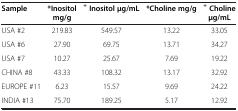
<table><thead><tr><td><b>Sample</b></td><td><b>*Inositol mg/g</b></td><td><b><sup>+</sup>Inositol μg/mL</b></td><td><b>*Choline mg/g</b></td><td><b><sup>+</sup>Choline μg/mL</b></td></tr></thead><tbody><tr><td>USA #2</td><td>219.83</td><td>549.57</td><td>13.22</td><td>33.05</td></tr><tr><td>USA #6</td><td>27.90</td><td>69.75</td><td>13.71</td><td>34.27</td></tr><tr><td>USA #7</td><td>10.27</td><td>25.67</td><td>7.69</td><td>19.22</td></tr><tr><td>CHINA #8</td><td>43.33</td><td>108.32</td><td>13.17</td><td>32.92</td></tr><tr><td>EUROPE #11</td><td>6.23</td><td>15.57</td><td>9.69</td><td>24.22</td></tr><tr><td>INDIA #13</td><td>75.70</td><td>189.25</td><td>5.17</td><td>12.92</td></tr></tbody></table>